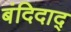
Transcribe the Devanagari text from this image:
बंदिदाद्